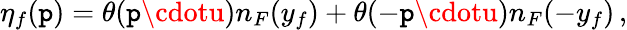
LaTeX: \eta_{f}(\mathtt{p})=\theta(\mathtt{p}\cdotu)n_{F}(y_{f})+\theta(-\mathtt{p}\cdotu)n_{F}(-y_{f})\, ,